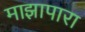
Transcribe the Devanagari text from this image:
माझापारा